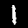
Label: 1